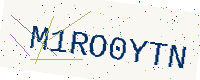
Text: M1RO0YTN